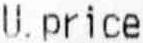
U.PRICE